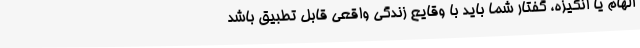
الهام یا انگیزه، گفتار شما باید با وقایع زندگی واقعی قابل تطبیق باشد